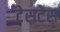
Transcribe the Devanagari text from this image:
टेसटेस